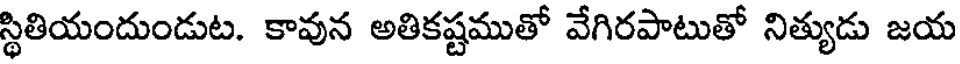
స్థితియందుండుట. కావున అతికష్టముతో వేగిరపాటుతో నిత్యుడు జయ